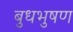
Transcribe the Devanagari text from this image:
बुधभुषण